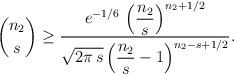
LaTeX: \begin{align*}\binom{n_2}{s}\geq \dfrac{e^{-1/6}\,\left (\dfrac{n_2}{s}\right )^{n_2+1/2}}{\sqrt{2\pi\,s}\left (\dfrac{n_2}{s}-1\right )^{n_2-s+1/2}}.\end{align*}